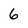
Character: 6